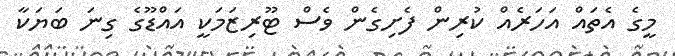
މީގެ އެތައް އަހަރެއް ކުރިން ފެށިގެން ވެސް ޓޫރިޒަމަކީ އައްޑޫގެ ގިނަ ބަޔަކާ